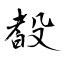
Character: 殾